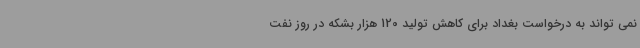
نمی تواند به درخواست بغداد برای کاهش تولید 120 هزار بشکه در روز نفت